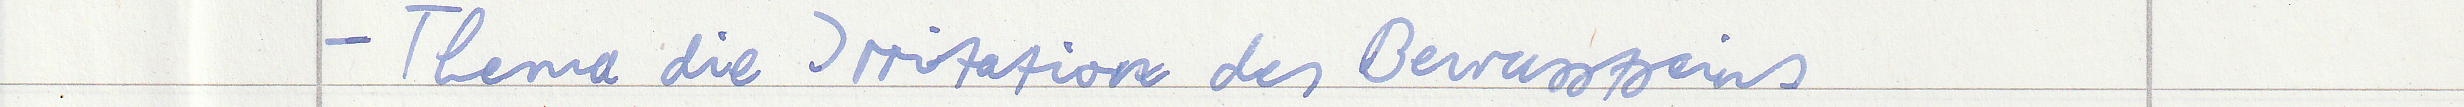
- Thema die Irritation des Bewusstseins